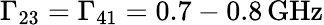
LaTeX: \Gamma_{23}=\Gamma_{41}=0.7-0.8\, \mathrm{GHz}